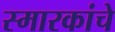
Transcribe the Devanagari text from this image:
स्‍मारकांचे